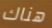
هناك